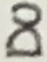
Text: D0